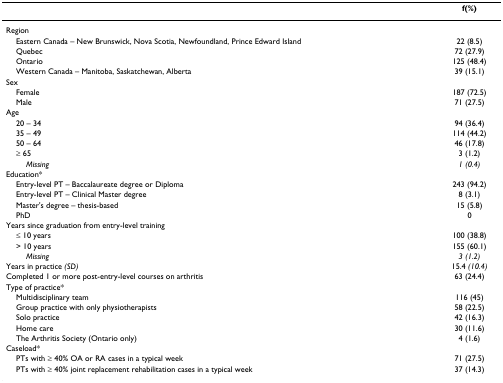
|  | f(%) |
 | --- | --- |
 | Region |  |
 | Eastern Canada – New Brunswick, Nova Scotia, Newfoundland, Prince Edward Island | 22 (8.5) |
 | Quebec | 72 (27.9) |
 | Ontario | 125 (48.4) |
 | Western Canada – Manitoba, Saskatchewan, Alberta | 39 (15.1) |
 | Sex |  |
 | Female | 187 (72.5) |
 | Male | 71 (27.5) |
 | Age |  |
 | 20 – 34 | 94 (36.4) |
 | 35 – 49 | 114 (44.2) |
 | 50 – 64 | 46 (17.8) |
 | ≥ 65 | 3 (1.2) |
 | Missing | 1 (0.4) |
 | Education* |  |
 | Entry-level PT – Baccalaureate degree or Diploma | 243 (94.2) |
 | Entry-level PT – Clinical Master degree | 8 (3.1) |
 | Master's degree – thesis-based | 15 (5.8) |
 | PhD | 0 |
 | Years since graduation from entry-level training |  |
 | ≤ 10 years | 100 (38.8) |
 | > 10 years | 155 (60.1) |
 | Missing | 3 (1.2) |
 | Years in practice (SD) | 15.4 (10.4) |
 | Completed 1 or more post-entry-level courses on arthritis | 63 (24.4) |
 | Type of practice* |  |
 | Multidisciplinary team | 116 (45) |
 | Group practice with only physiotherapists | 58 (22.5) |
 | Solo practice | 42 (16.3) |
 | Home care | 30 (11.6) |
 | The Arthritis Society (Ontario only) | 4 (1.6) |
 | Caseload* |  |
 | PTs with ≥ 40% OA or RA cases in a typical week | 71 (27.5) |
 | PTs with ≥ 40% joint replacement rehabilitation cases in a typical week | 37 (14.3) |